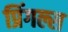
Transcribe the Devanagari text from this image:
प्रिंगल्स